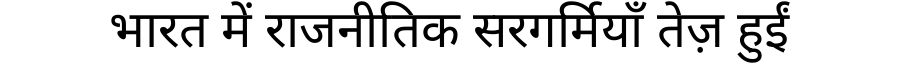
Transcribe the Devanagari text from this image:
भारत में राजनीतिक सरगर्मियाँ तेज़ हुईं